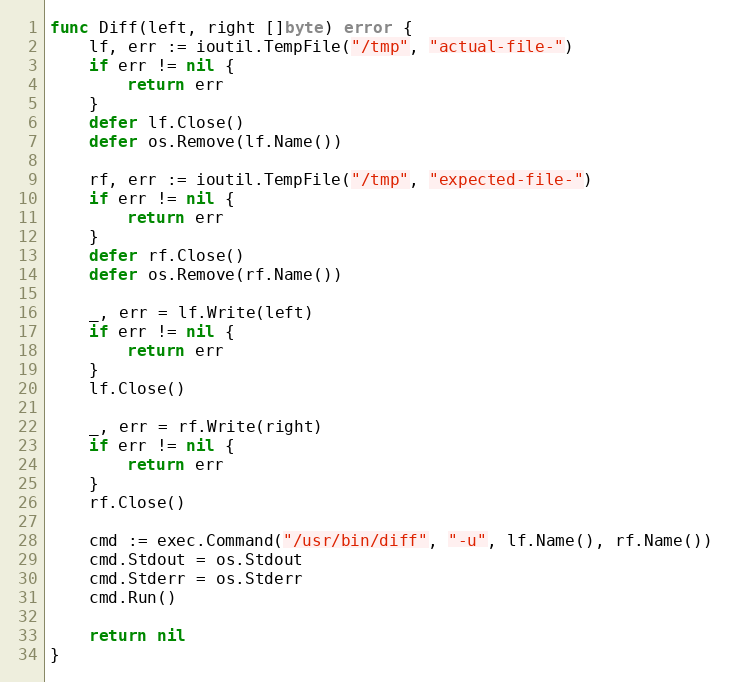
Language: Go
func Diff(left, right []byte) error {
	lf, err := ioutil.TempFile("/tmp", "actual-file-")
	if err != nil {
		return err
	}
	defer lf.Close()
	defer os.Remove(lf.Name())

	rf, err := ioutil.TempFile("/tmp", "expected-file-")
	if err != nil {
		return err
	}
	defer rf.Close()
	defer os.Remove(rf.Name())

	_, err = lf.Write(left)
	if err != nil {
		return err
	}
	lf.Close()

	_, err = rf.Write(right)
	if err != nil {
		return err
	}
	rf.Close()

	cmd := exec.Command("/usr/bin/diff", "-u", lf.Name(), rf.Name())
	cmd.Stdout = os.Stdout
	cmd.Stderr = os.Stderr
	cmd.Run()

	return nil
}